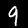
Label: 9